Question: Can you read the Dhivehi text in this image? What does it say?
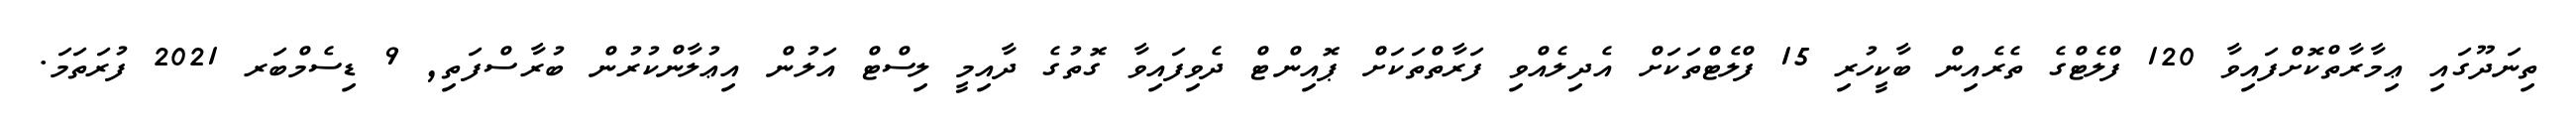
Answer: ތިނަދޫގައި ޢިމާރާތްކޮށްފައިވާ 120 ފްލެޓްގެ ތެރެއިން ބާކީހުރި 15 ފްލެޓްތަކަށް އެދިލެއްވި ފަރާތްތަކަށް ޕޮއިންޓް ދެވިފައިވާ ގޮތުގެ ދާއިމީ ލިސްޓް އަލުން އިޢުލާންކުރުން ބުރާސްފަތި, 9 ޑިސެމްބަރ 2021 ފުރަތަމަ.